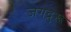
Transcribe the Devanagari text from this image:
जगद्रुरू